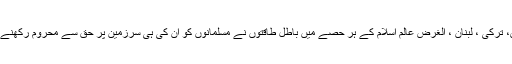
مشرقی وسطیٰ ، مصر، لیبیا، شام ، عراق، پاکستان ، افغانستا ن ، تیونس، ترکی ، لبنان ، الغرض عالم اسلام کے ہر حصے میں باطل طاقتوں نے مسلمانوں کو ان کی ہی سرزمین پر حق سے محروم رکھنے ، نا انصافیوں کا شکار بنانے کی ناپاک سازشوں کا جال پھیلا دیا ہے ۔